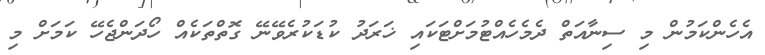
އެހެންކަމުން މި ސިނާއަތް ދެމެހެއްޓުމަށްޓަކައި ޚަރަދު ކުޑަކުރެވޭނޭ ގޮތްތަކެއް ހޯދަންޖެހޭ ކަމަށް މި